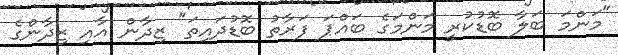
"މަންމަ ބަލާ ބޮޑުކުރީ މަންމަގެ ބައްޕަ ފަރާތު ބޮޑުދައިތަ" ޒިދާން އާއި ޒިދާންގެ